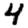
Digit: 4